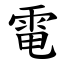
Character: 電